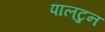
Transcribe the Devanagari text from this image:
पालटुन